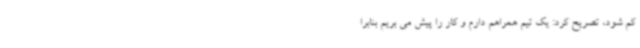
کم شود، تصریح کرد: یک تیم همراهم دارم و کار را پیش می بریم بنابرا